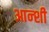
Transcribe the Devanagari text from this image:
आन्शी